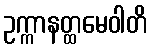
ဥက္ကာနတ္ထမေဝါတိ